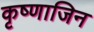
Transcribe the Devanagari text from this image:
कृष्णाजिन